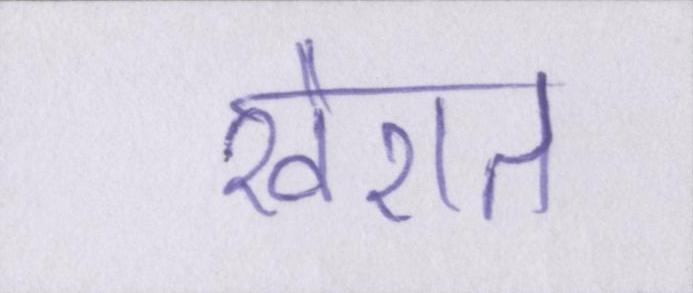
खैरात